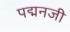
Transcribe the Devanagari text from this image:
पद्मनजी